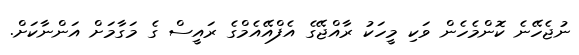
ނުޖެހޭނެ ކޮންމެހެން ވަކި މީހަކު ރާއްޖޭގެ އެފްއޭއެމްގެ ރައީސް ގެ މަގާމަށް އަންނާކަށް.